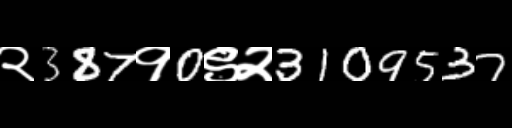
Text: २387१0९२3109537